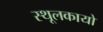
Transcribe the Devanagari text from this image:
स्थूलकायो